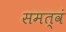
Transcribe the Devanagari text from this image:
समत्वं